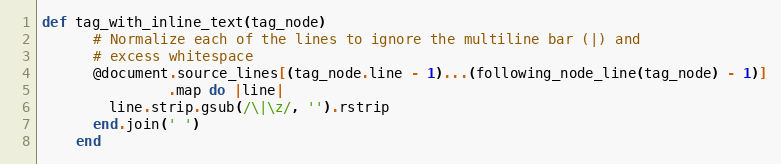
Language: Ruby
def tag_with_inline_text(tag_node)
      # Normalize each of the lines to ignore the multiline bar (|) and
      # excess whitespace
      @document.source_lines[(tag_node.line - 1)...(following_node_line(tag_node) - 1)]
               .map do |line|
        line.strip.gsub(/\|\z/, '').rstrip
      end.join(' ')
    end